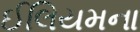
ઈલિયમના